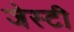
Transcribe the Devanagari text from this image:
जेस्टी